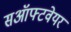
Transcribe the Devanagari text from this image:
सऑफ्टवेयर